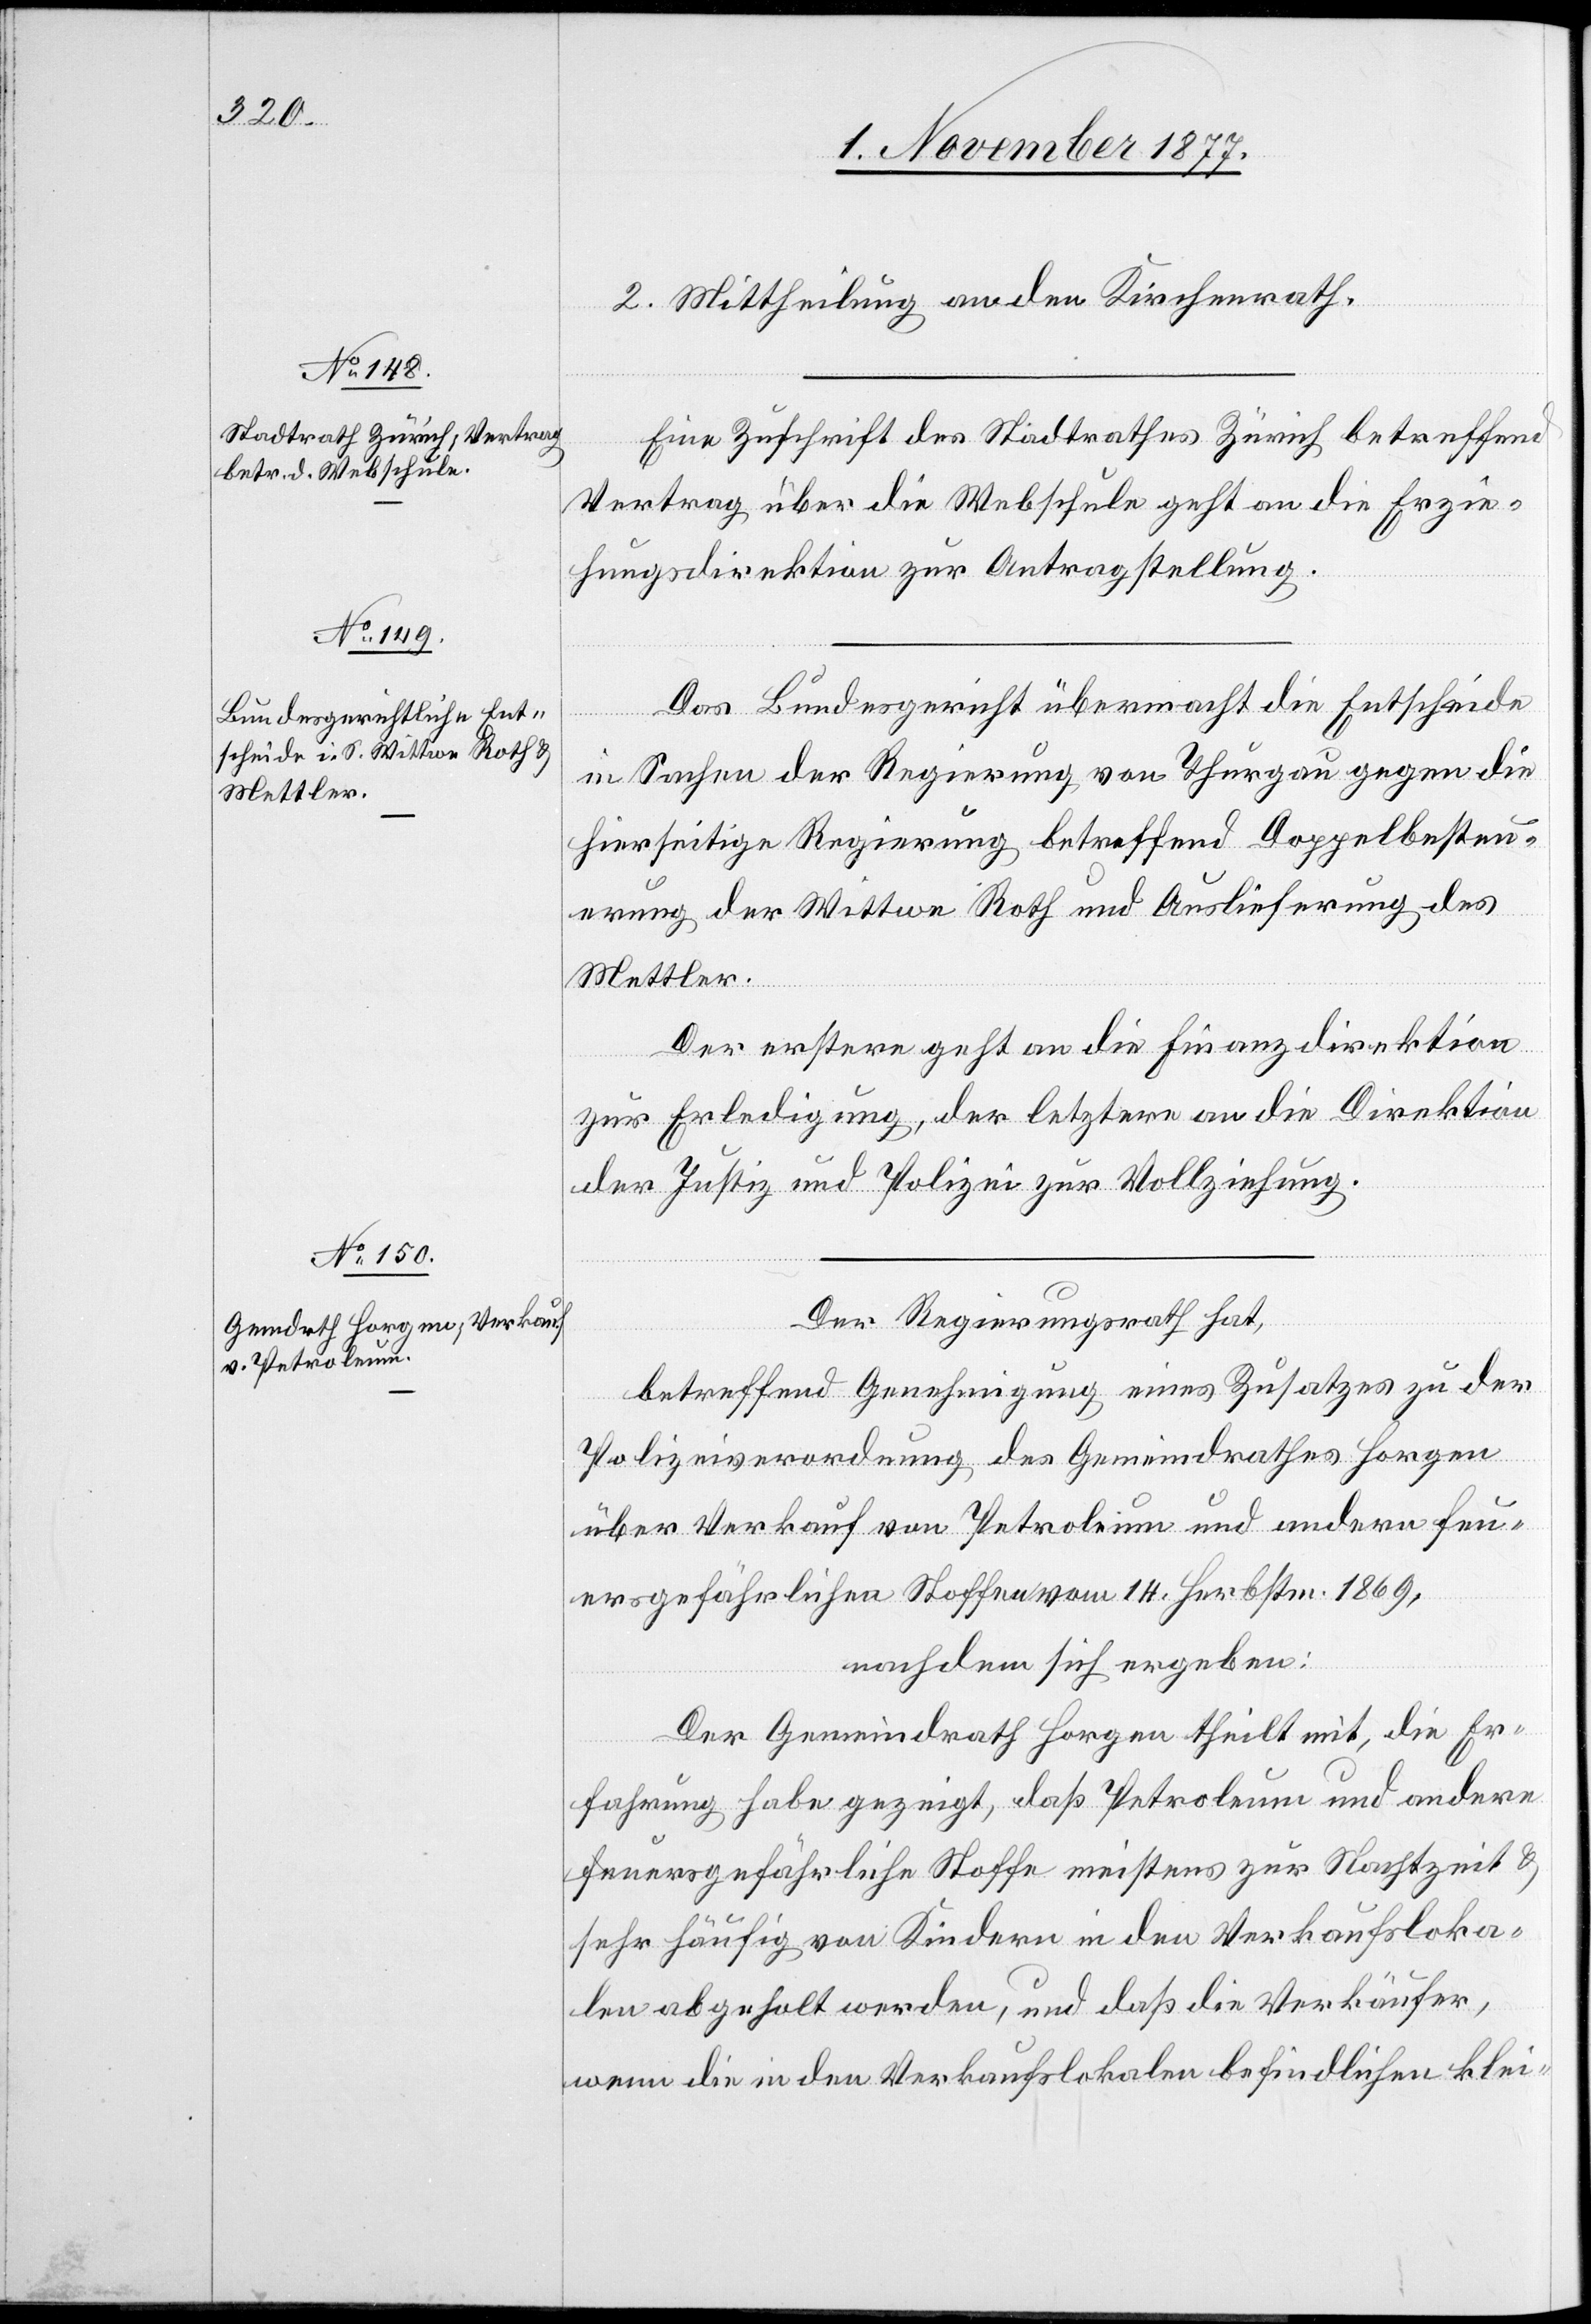
2. Mittheilung an den Kirchenrath.
Eine Zuschrift des Stadtrathes Zürich betreffend
Vertrag über die Webschule geht an die Erzie¬
hungsdirektion zur Antragstellung.
Das Bundesgericht übermacht die Entscheide
in Sachen der Regierung von Thurgau gegen die
hierseitige Regierung betreffend Doppelbesteu¬
erung der Wittwe Roth und Auslieferung des
Mettler.
Der erstere geht an die Finanzdirektion
zur Erledigung, der letztere an die Direktion
der Justiz und Polizei zur Vollziehung.
Der Regierungsrath hat,
betreffend Genehmigung eines Zusatzes zu der
Polizeiverordnung des Gemeindrathes Horgen
über Verkauf von Petroleum und andern feu¬
ersgefährlichen Stoffen vom 14. Herbstm. 1869,
nachdem sich ergeben:
Der Gemeindrath Horgen theilt mit, die Er¬
fahrung habe gezeigt, daß Petroleum und andere
feuersgefährliche Stoffe meistens zur Nachtzeit &
sehr häufig von Kindern in den Verkaufsloka¬
len abgeholt werden, und daß die Verkäufer,
wenn die in den Verkaufslokalen befindlichen klei-